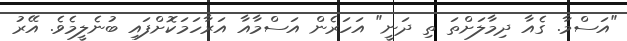
"އަސްމާ. ގެއާ ދިމާލަށްތަ ތި ދަނީ" އަހަރެން އަސްމާއާ އަރާހަމަކޮށްފައި ބުނެލީމެވެ. އޭރު